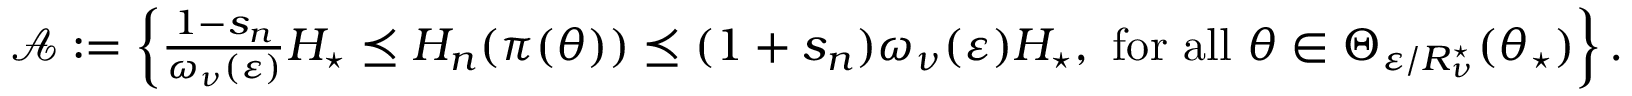
\begin{array} { r } { \mathcal { A } : = \left\{ \frac { 1 - s _ { n } } { \omega _ { \nu } ( \varepsilon ) } H _ { \star } \preceq H _ { n } ( \pi ( \theta ) ) \preceq ( 1 + s _ { n } ) \omega _ { \nu } ( \varepsilon ) H _ { \star } , \mathrm { ~ f o r ~ a l l ~ } \theta \in \Theta _ { \varepsilon / R _ { \nu } ^ { \star } } ( \theta _ { \star } ) \right\} . } \end{array}